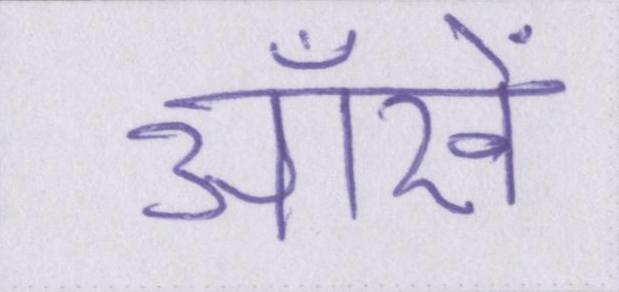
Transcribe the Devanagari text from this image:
ऑंखें